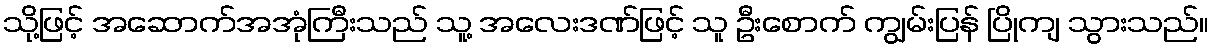
သို့ဖြင့် အဆောက်အအုံကြီးသည် သူ့ အလေးဒဏ်ဖြင့် သူ ဦးစောက် ကျွမ်းပြန် ပြိုကျ သွားသည်။